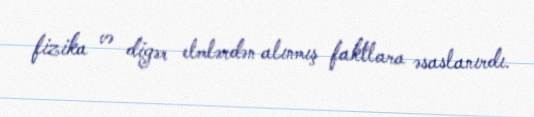
fizika və digər elmlərdən alınmış faktlara əsaslanırdı.